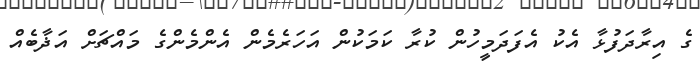
ގެ އިރާދަފުޅާ އެކު އެފަދަމީހުން ކުރާ ކަމަކުން އަހަރެމެން އެންމެންގެ މައްޗަށް އަޛާބެއް